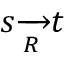
s { \xrightarrow [ { R } ] { } } t